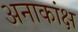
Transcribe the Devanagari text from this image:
अनाकांक्ष